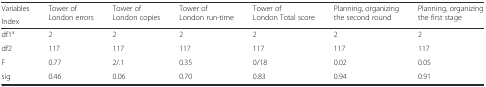
<table><thead><tr><td><b>Variables</b></td><td rowspan="2"><b>Tower of London errors</b></td><td rowspan="2"><b>Tower of London copies</b></td><td rowspan="2"><b>Tower of London run-time</b></td><td rowspan="2"><b>Tower of London Total score</b></td><td rowspan="2"><b>Planning, organizing the second round</b></td><td rowspan="2"><b>Planning, organizing the first stage</b></td></tr><tr><td><b>Index</b></td></tr></thead><tbody><tr><td>df1<sup>a</sup></td><td>2</td><td>2</td><td>2</td><td>2</td><td>2</td><td>2</td></tr><tr><td>df2</td><td>117</td><td>117</td><td>117</td><td>117</td><td>117</td><td>117</td></tr><tr><td>F</td><td>0.77</td><td>2/.1</td><td>0.35</td><td>0/18</td><td>0.02</td><td>0.05</td></tr><tr><td>sig</td><td>0.46</td><td>0.06</td><td>0.70</td><td>0.83</td><td>0.94</td><td>0.91</td></tr></tbody></table>